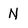
Character: N